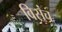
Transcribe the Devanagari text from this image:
विसंच